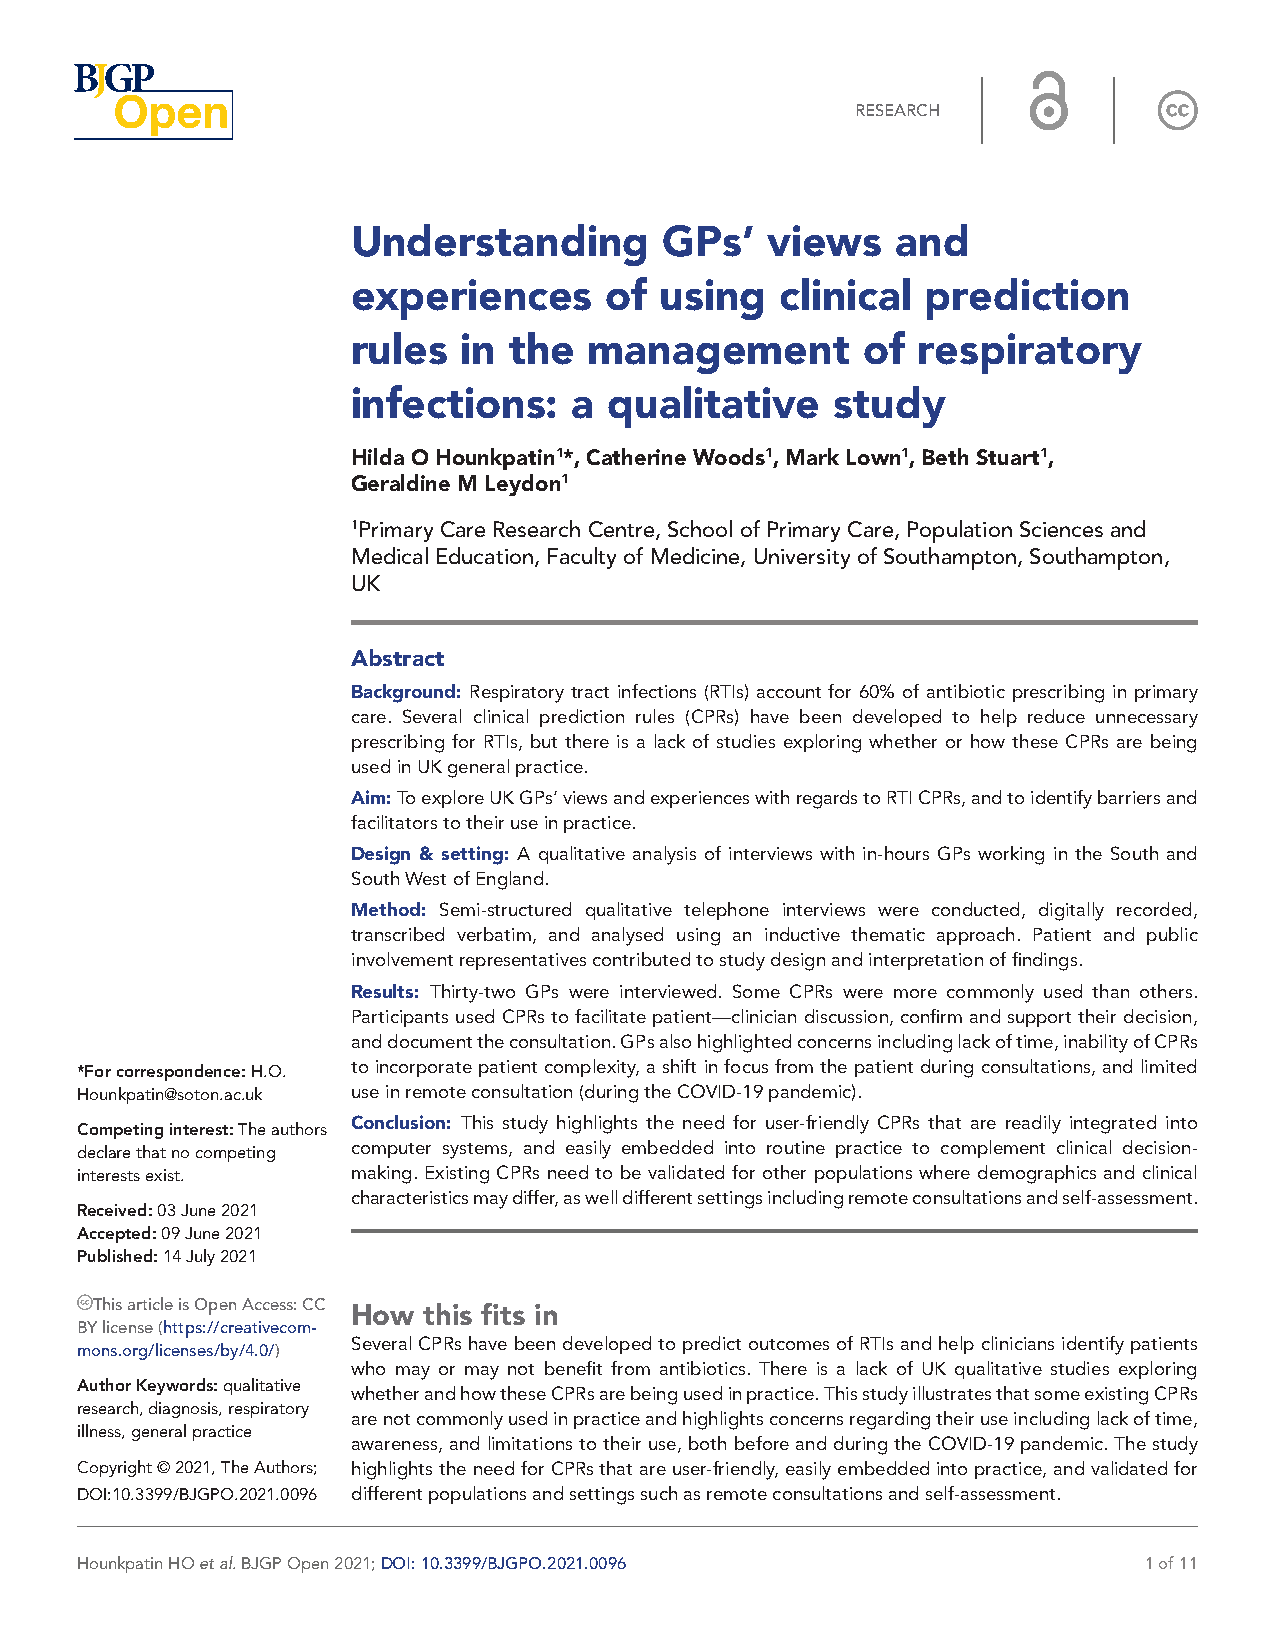
RESEARCH
 Understanding        GPs’   views   and
 experiences      of  using   clinical prediction
 rules   in the  management        of  respiratory
 infections:    a qualitative    study
 Hilda O Hounkpatin1*, Catherine Woods1, Mark Lown1, Beth Stuart1,
 Geraldine M Leydon1
 1Primary Care Research Centre, School of Primary Care, Population Sciences and
 Medical Education, Faculty of Medicine, University of Southampton, Southampton,
 UK
 Abstract
 Background: Respiratory tract infections (RTIs) account for 60% of antibiotic prescribing in primary
 care. Several clinical prediction rules (CPRs) have been developed to help reduce unnecessary
 prescribing for RTIs, but there is a lack of studies exploring whether or how these CPRs are being
 used in UK general practice.
 Aim: To explore UK GPs’ views and experiences with regards to RTI CPRs, and to identify barriers and
 facilitators to their use in practice.
 Design & setting: A qualitative analysis of interviews with in-h ours GPs working in the South and
 South West of England.
 Method: Semi- structured qualitative telephone interviews were conducted, digitally recorded,
 transcribed verbatim, and analysed using an inductive thematic approach. Patient and public
 involvement representatives contributed to study design and interpretation of findings.
 Results: Thirty- two GPs were interviewed. Some CPRs were more commonly used than others.
 Participants used CPRs to facilitate patient—clinician discussion, confirm and support their decision,
 and document the consultation. GPs also highlighted concerns including lack of time, inability of CPRs
 *For correspondence: H. O. to incorporate patient complexity, a shift in focus from the patient during consultations, and limited
 Hounkpatin@ soton. ac. uk use in remote consultation (during the COVID-19 pandemic).
 Conclusion: This study highlights the need for user-f riendly CPRs that are readily integrated into
 Competing interest: The authors
 declare that no competing computer systems, and easily embedded into routine practice to complement clinical decision-
 interests exist.  making. Existing CPRs need to be validated for other populations where demographics and clinical
 characteristics may differ, as well different settings including remote consultations and self- assessment.
 Received: 03 June 2021
 Accepted: 09 June 2021
 Published: 14 July 2021
 This article is Open Access: CC How this fits in
 BY license (https:// creativecom-
 Several CPRs have been developed to predict outcomes of RTIs and help clinicians identify patients
 mons. org/ licenses/ by/ 4. 0/)
 who may or may not benefit from antibiotics. There is a lack of UK qualitative studies exploring
 Author Keywords: qualitative
 whether and how these CPRs are being used in practice. This study illustrates that some existing CPRs
 research, diagnosis, respiratory
 are not commonly used in practice and highlights concerns regarding their use including lack of time,
 illness, general practice
 awareness, and limitations to their use, both before and during the COVID-19 pandemic. The study
 Copyright © 2021, The Authors; highlights the need for CPRs that are user-f riendly, easily embedded into practice, and validated for
 DOI:10.3399/BJGPO.2021.0096 different populations and settings such as remote consultations and self- assessment.
 Hounkpatin HO et al. BJGP Open 2021; DOI: 10.3399/BJGPO.2021.0096      1 of 11